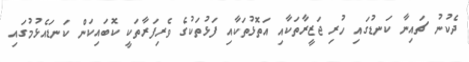
ދެކުނު ޗައިނާ ކަނޑުގައި ހުރި ޖަޒީރާތަކާއި އަތޮޅުތަކާއި ފަޅުތަކުގެ ވެރިފަރާތަކީ ކޮބައިކަން ކަނޑައެޅުމުގައި